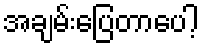
အချမ်းပြေတာပေါ့